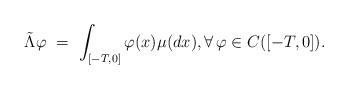
\begin{align*}\tilde\Lambda\varphi \ = \ \int_{[-T,0]} \varphi(x)\mu(dx), \forall\,\varphi\in C([-T,0]).\end{align*}